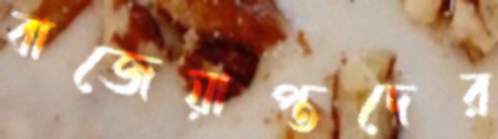
বাজেয়াপ্তদের